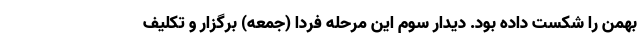
بهمن را شکست داده بود. دیدار سوم این مرحله فردا (جمعه) برگزار و تکلیف